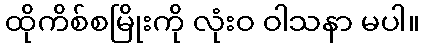
ထိုကိစ်စမြိုးကို လုံးဝ ဝါသနာ မပါ။